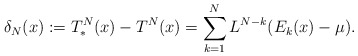
\begin{align*} \delta_N(x) := T_*^N(x) - T^N(x) = \sum_{k=1}^{N} L^{N-k} ( E_k(x) - \mu ).\end{align*}